Civil Veterinary Department Bihar reports 1940-50 - 1940-1950
Year: 1940
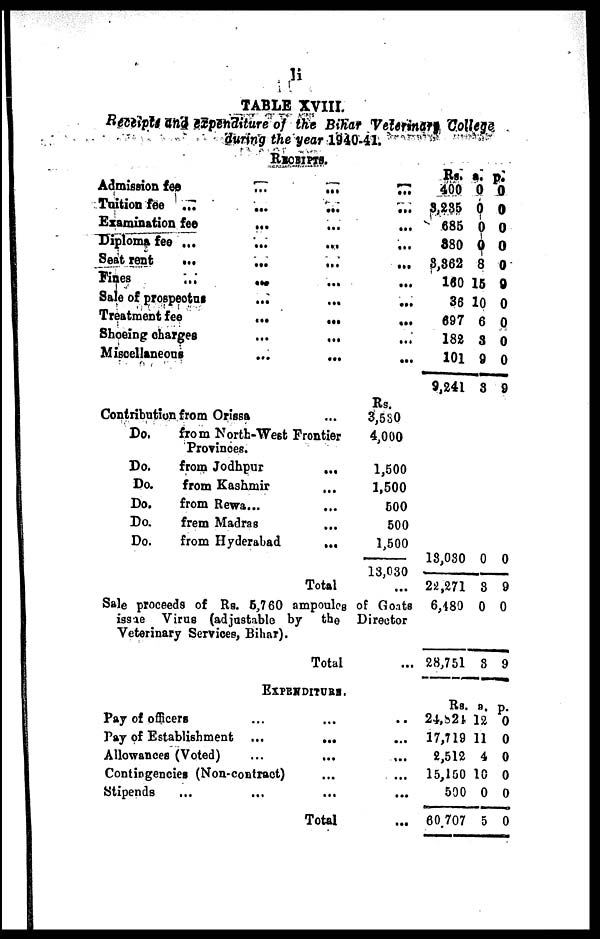
1i
TABLE XVIII,
Receipts and expenditure of the Bihar Veterinary College
during the year 1940-41.
PROHIPTS.
Admission fee
Tuition fee ...
Examination fee
Diploma fee ...
Seat rent
...
Fines
...
Sale of prospectus
Treatment fee
Shoeing charges
Miscellaneous
...
...
...
...
...
...
...
...
...
...
...
...
...
...
...
...
...
...
...
...
...
...
...
...
...
...
...
...
...
...
Rs.
400
3,235
685
880
3,362
160
36
697
182
101
9,241
a.
0
0
0
0
8
15
10
6
8
9
8
p.
0
0
0
0
0
0
0
0
0
0
9
Contribution from Orissa
Do.
Do.
Do.
Do.
Do.
Do.
...
from North-West Frontier
Provinces.
from Jodhpur
from Kashmir
from Rewa...
frem Madras
from Hyderabad
...
...
...
...
...
...
Total
Rs.
3,530
4,000
1,500
1,500
500
500
1,500
18,030
...
Sale proceeds of Rs. 5,760 ampoules of Goats
issue Virus (adjustable by the Director
Veterinary Services, Bihar).
Total
...
13,030
22,271
6,180
28,751
0
3
0
3
0
9
0
9
EXPENDITURE.
Pay of officers ...
Pay of Establishment ...
Allowances (Voted)
Contingencies (Non-contract)
Stipends
...
...
...
...
...
...
...
Total
...
...
...
...
...
...
Rs.
24,821
17,719
2,512
15,150
500
60,707
a.
12
11
4
10
0
5
p.
0
0
0
0
0
0